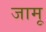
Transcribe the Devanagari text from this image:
जामू